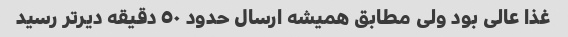
غذا عالی بود ولی مطابق همیشه ارسال حدود ٥٠ دقیقه دیرتر رسید